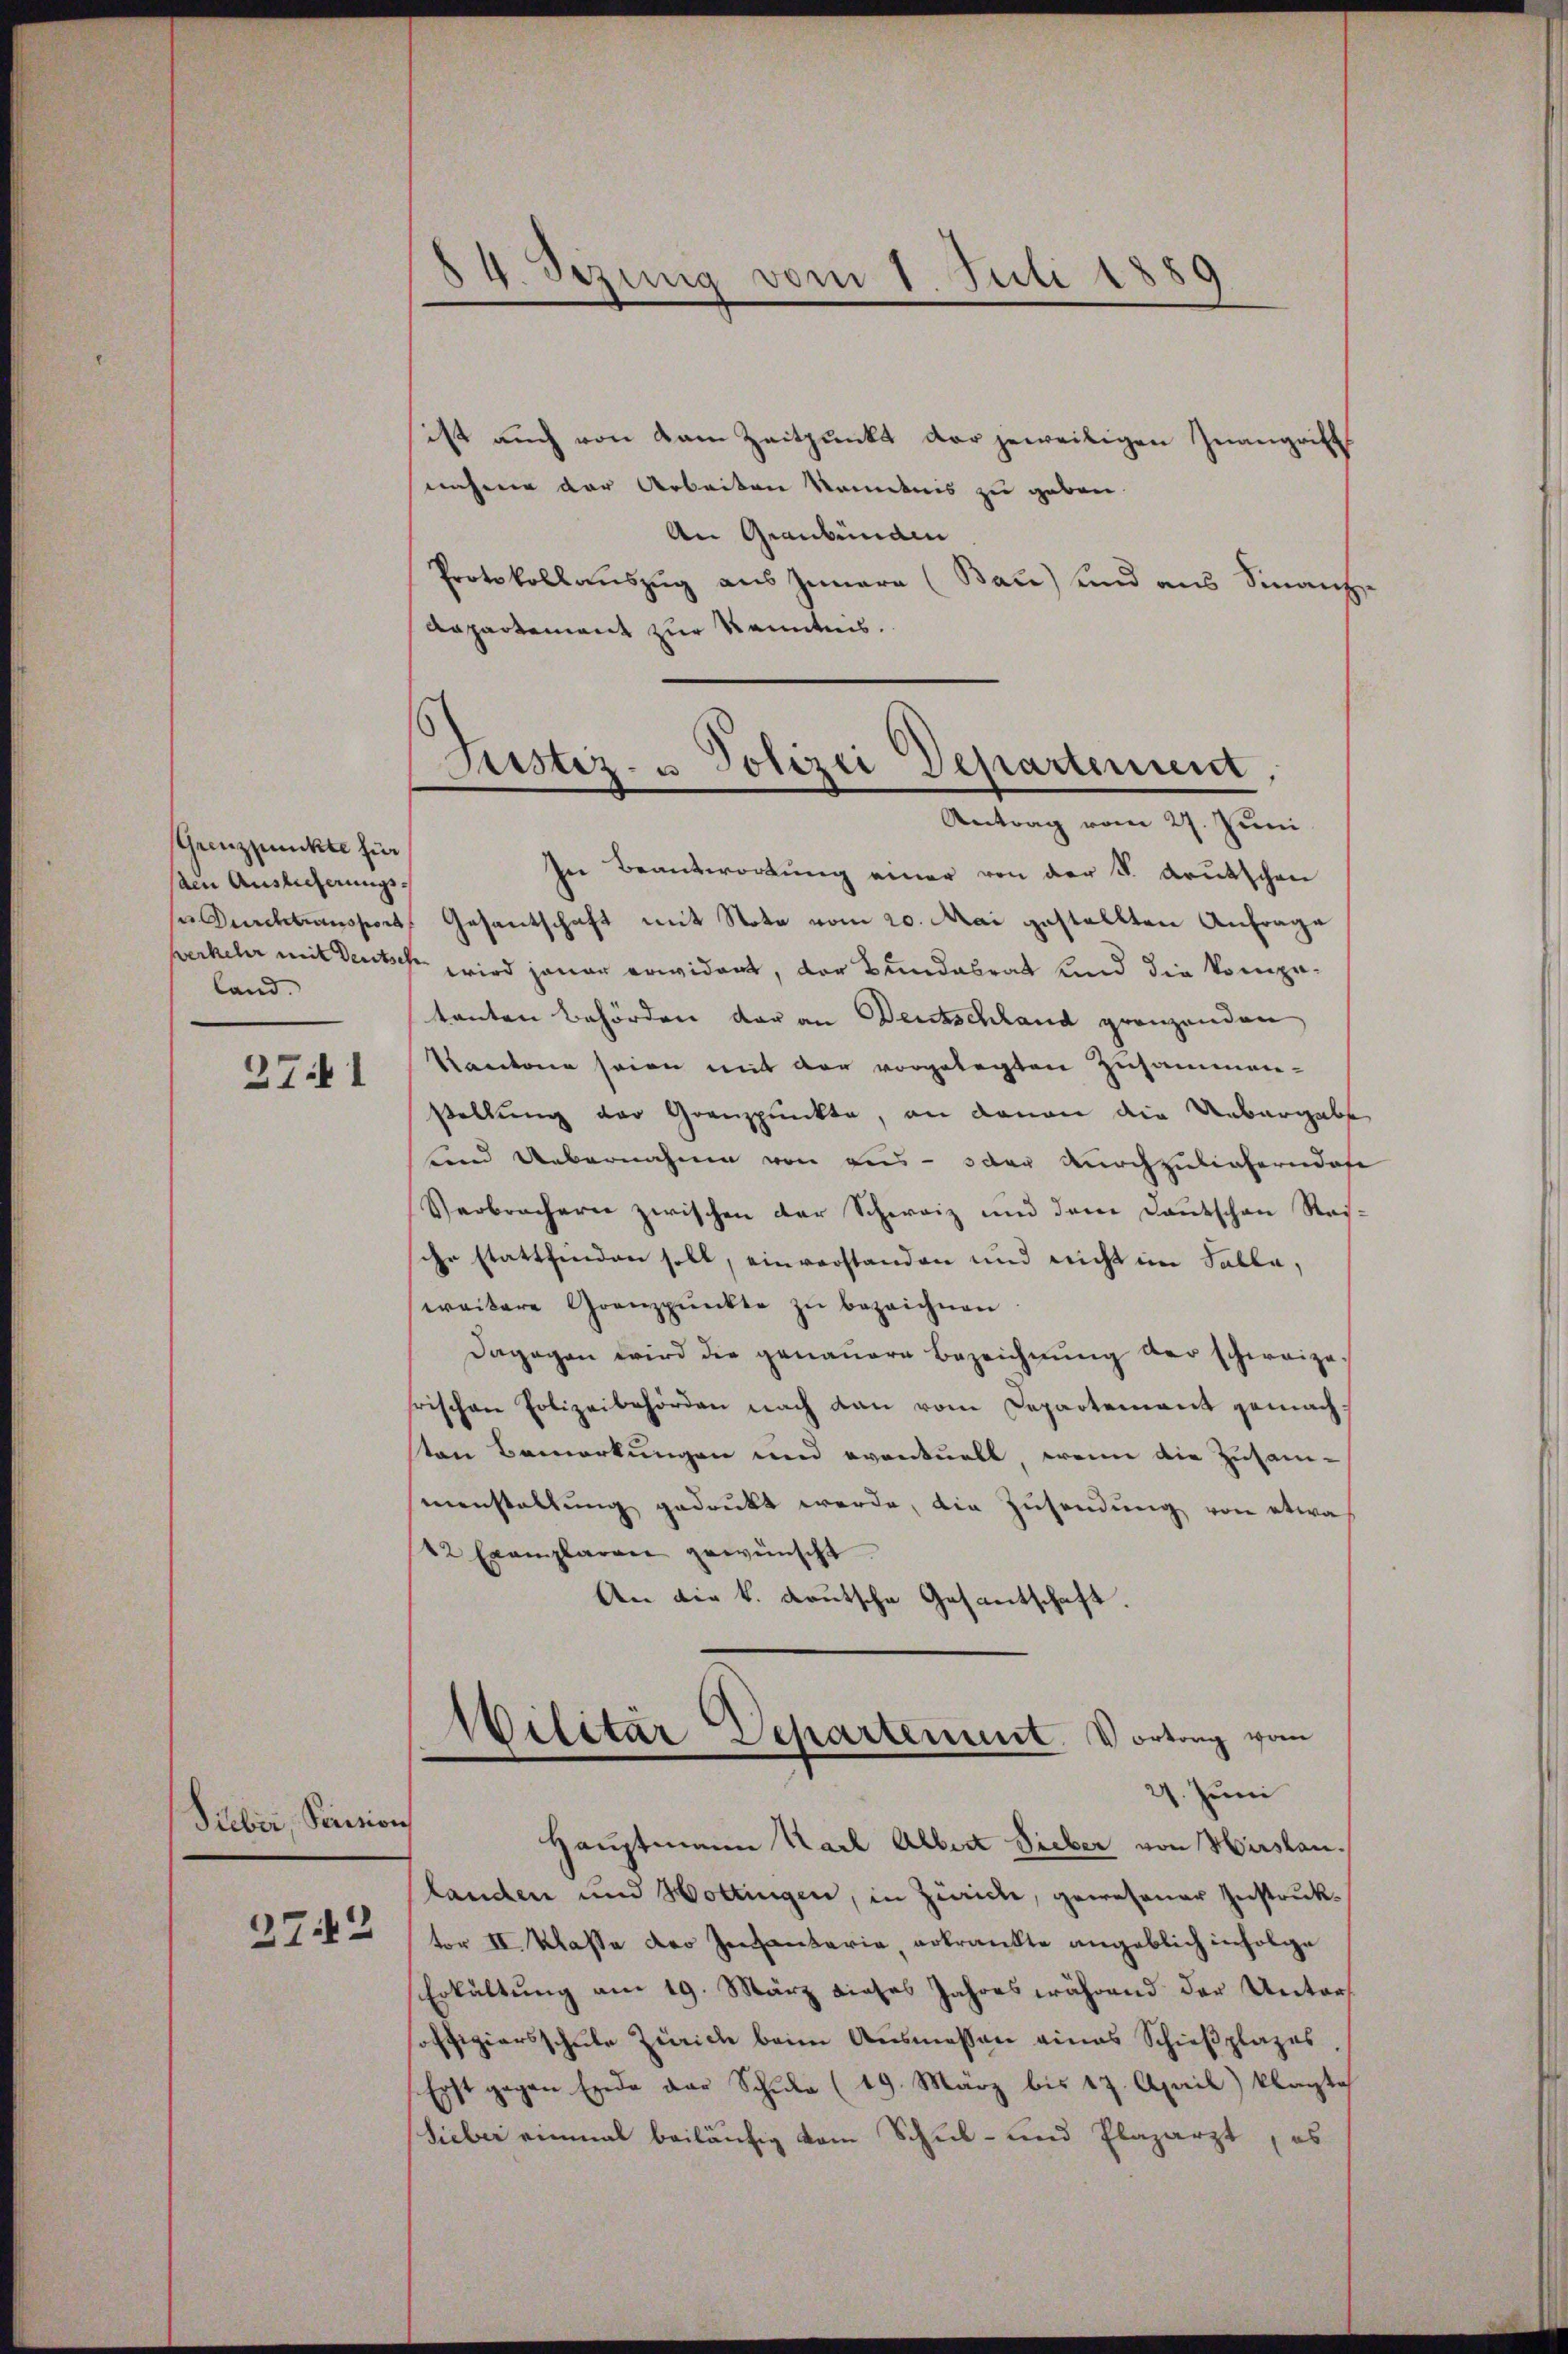
Grenzpunkte für
den Auslieferungs¬
u. Durchtransport
werkeler mit deutsch
land.

2741

Suber, Pension

2742

ist auch von dem Zeitpunkt der jeweiligen Zwangrift
nahmen der Arbeiten kanntnis zu geben.
An Graubenann
Protokollauszug aus Innere (Bau) und aus Sinanze
Anpartement zur Kenntnis.

4. Setzung vom 1. Juli 1880

Justiz- u. Polizei Departement,
Antrag vom 27. Juni

f

In Beantwortung einer von der K. Krutschen
Gesantschaft mit Nota vom 20. Mai gestellten Anfrage
 wird jener erwidert, der Bundesrat und die kompetanten Behörden der an Deutschland gränzenden
Kantone seien mit der vorgelegten Zusammenstellung der Grenzpunkte, an denen die Uebergabe
und Uebernahme von aus- oder durchzulieferndofe
Verbrechern zwischen der Schweiz und dene Deutschen Ras-
ihr stattfinden soll, einverstanden und nicht im Falle,
weitere Grenzpunkte zŭ bezeichnen
Dagegen wird die genauere Bezeichnung der schweize
rischen Polizeibehörden nach dan vom Departement gemachten Bemerkungen und eventuell, wenn die Zusam-
manstaltung gedruckt werde, die Zusendung von etwa
42 Exemplaren gewünscht.
An die k. Lautsche Gesantschaft.
Militar Departement Vortrag vom
27. Juni
Hauptmann Nach Albert Sieber von Hirslanlanden und Hottingen, in Zürich, gewesener Instruktor II. Klasse der antaria, erkrankte angeblich infolge
Erkältung am 19. März dieses Jahres während der Untersoffiziersschule Zürich beim Ausmessen eines Schießplazes
Erst gegen Ende der Schule (19. März bis 17. April) klagte
Sieber einmal beiläufig vom Schul- und Plazarzt, es